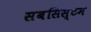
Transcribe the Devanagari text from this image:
सबसिस्टम